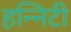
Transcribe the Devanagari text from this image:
हन्निटी